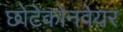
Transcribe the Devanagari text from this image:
छोटेकोनवेयर